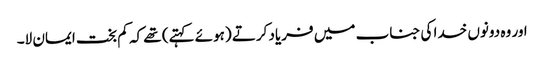
اور وہ دونوں خدا کی جناب میں فریاد کرتے (ہوئے کہتے) تھے کہ کم بخت ایمان لا۔